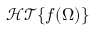
\mathcal { H T } \{ f ( \Omega ) \}